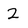
Character: 2